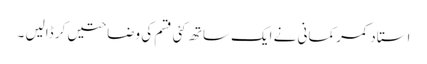
استاد کمر کمانی نے ایک ساتھ کئی قسم کی وضاحتیں کر ڈالیں ۔